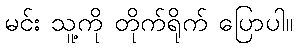
မင်း သူ့ကို တိုက်ရိုက် ပြောပါ။